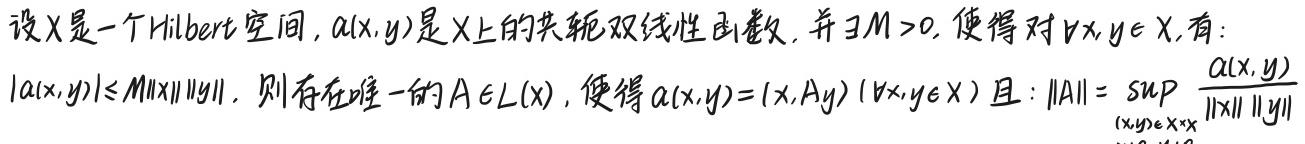
设$X$是一个Hilbert空间，$a(x,y)$是$X$上的共轭双线性函数，并$\exists M > 0$，使得对$\forall x,y \in X$，有：
$|a(x,y)| \leq M \|x\| \|y\|$. 则存在唯一的$A \in L(X)$，使得$a(x,y) = (x,Ay) (\forall x,y \in X)$且：$\|A\| = \sup_{(x,y) \in X \times X} \frac{a(x,y)}{\|x\| \|y\|}$